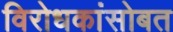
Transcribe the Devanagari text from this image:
विरोधकांसोबत